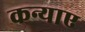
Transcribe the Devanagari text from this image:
कन्याए